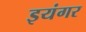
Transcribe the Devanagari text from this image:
इयंगर